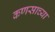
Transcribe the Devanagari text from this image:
कणसाच्या